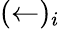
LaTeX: (\leftarrow)_{i}